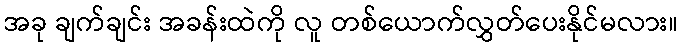
အခု ချက်ချင်း အခန်းထဲကို လူ တစ်ယောက်လွှတ်ပေးနိုင်မလား။